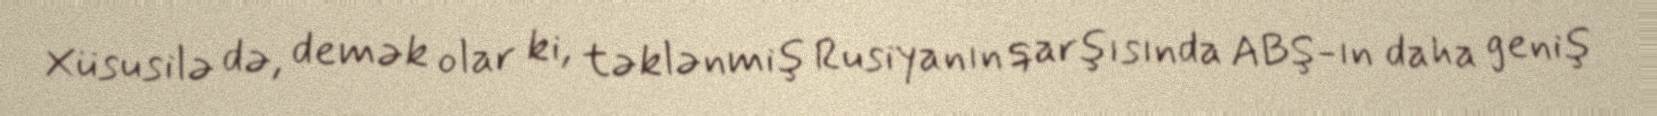
Xüsusilə də, demək olar ki, təklənmiş Rusiyanın qarşısında ABŞ-ın daha geniş